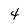
Character: 4